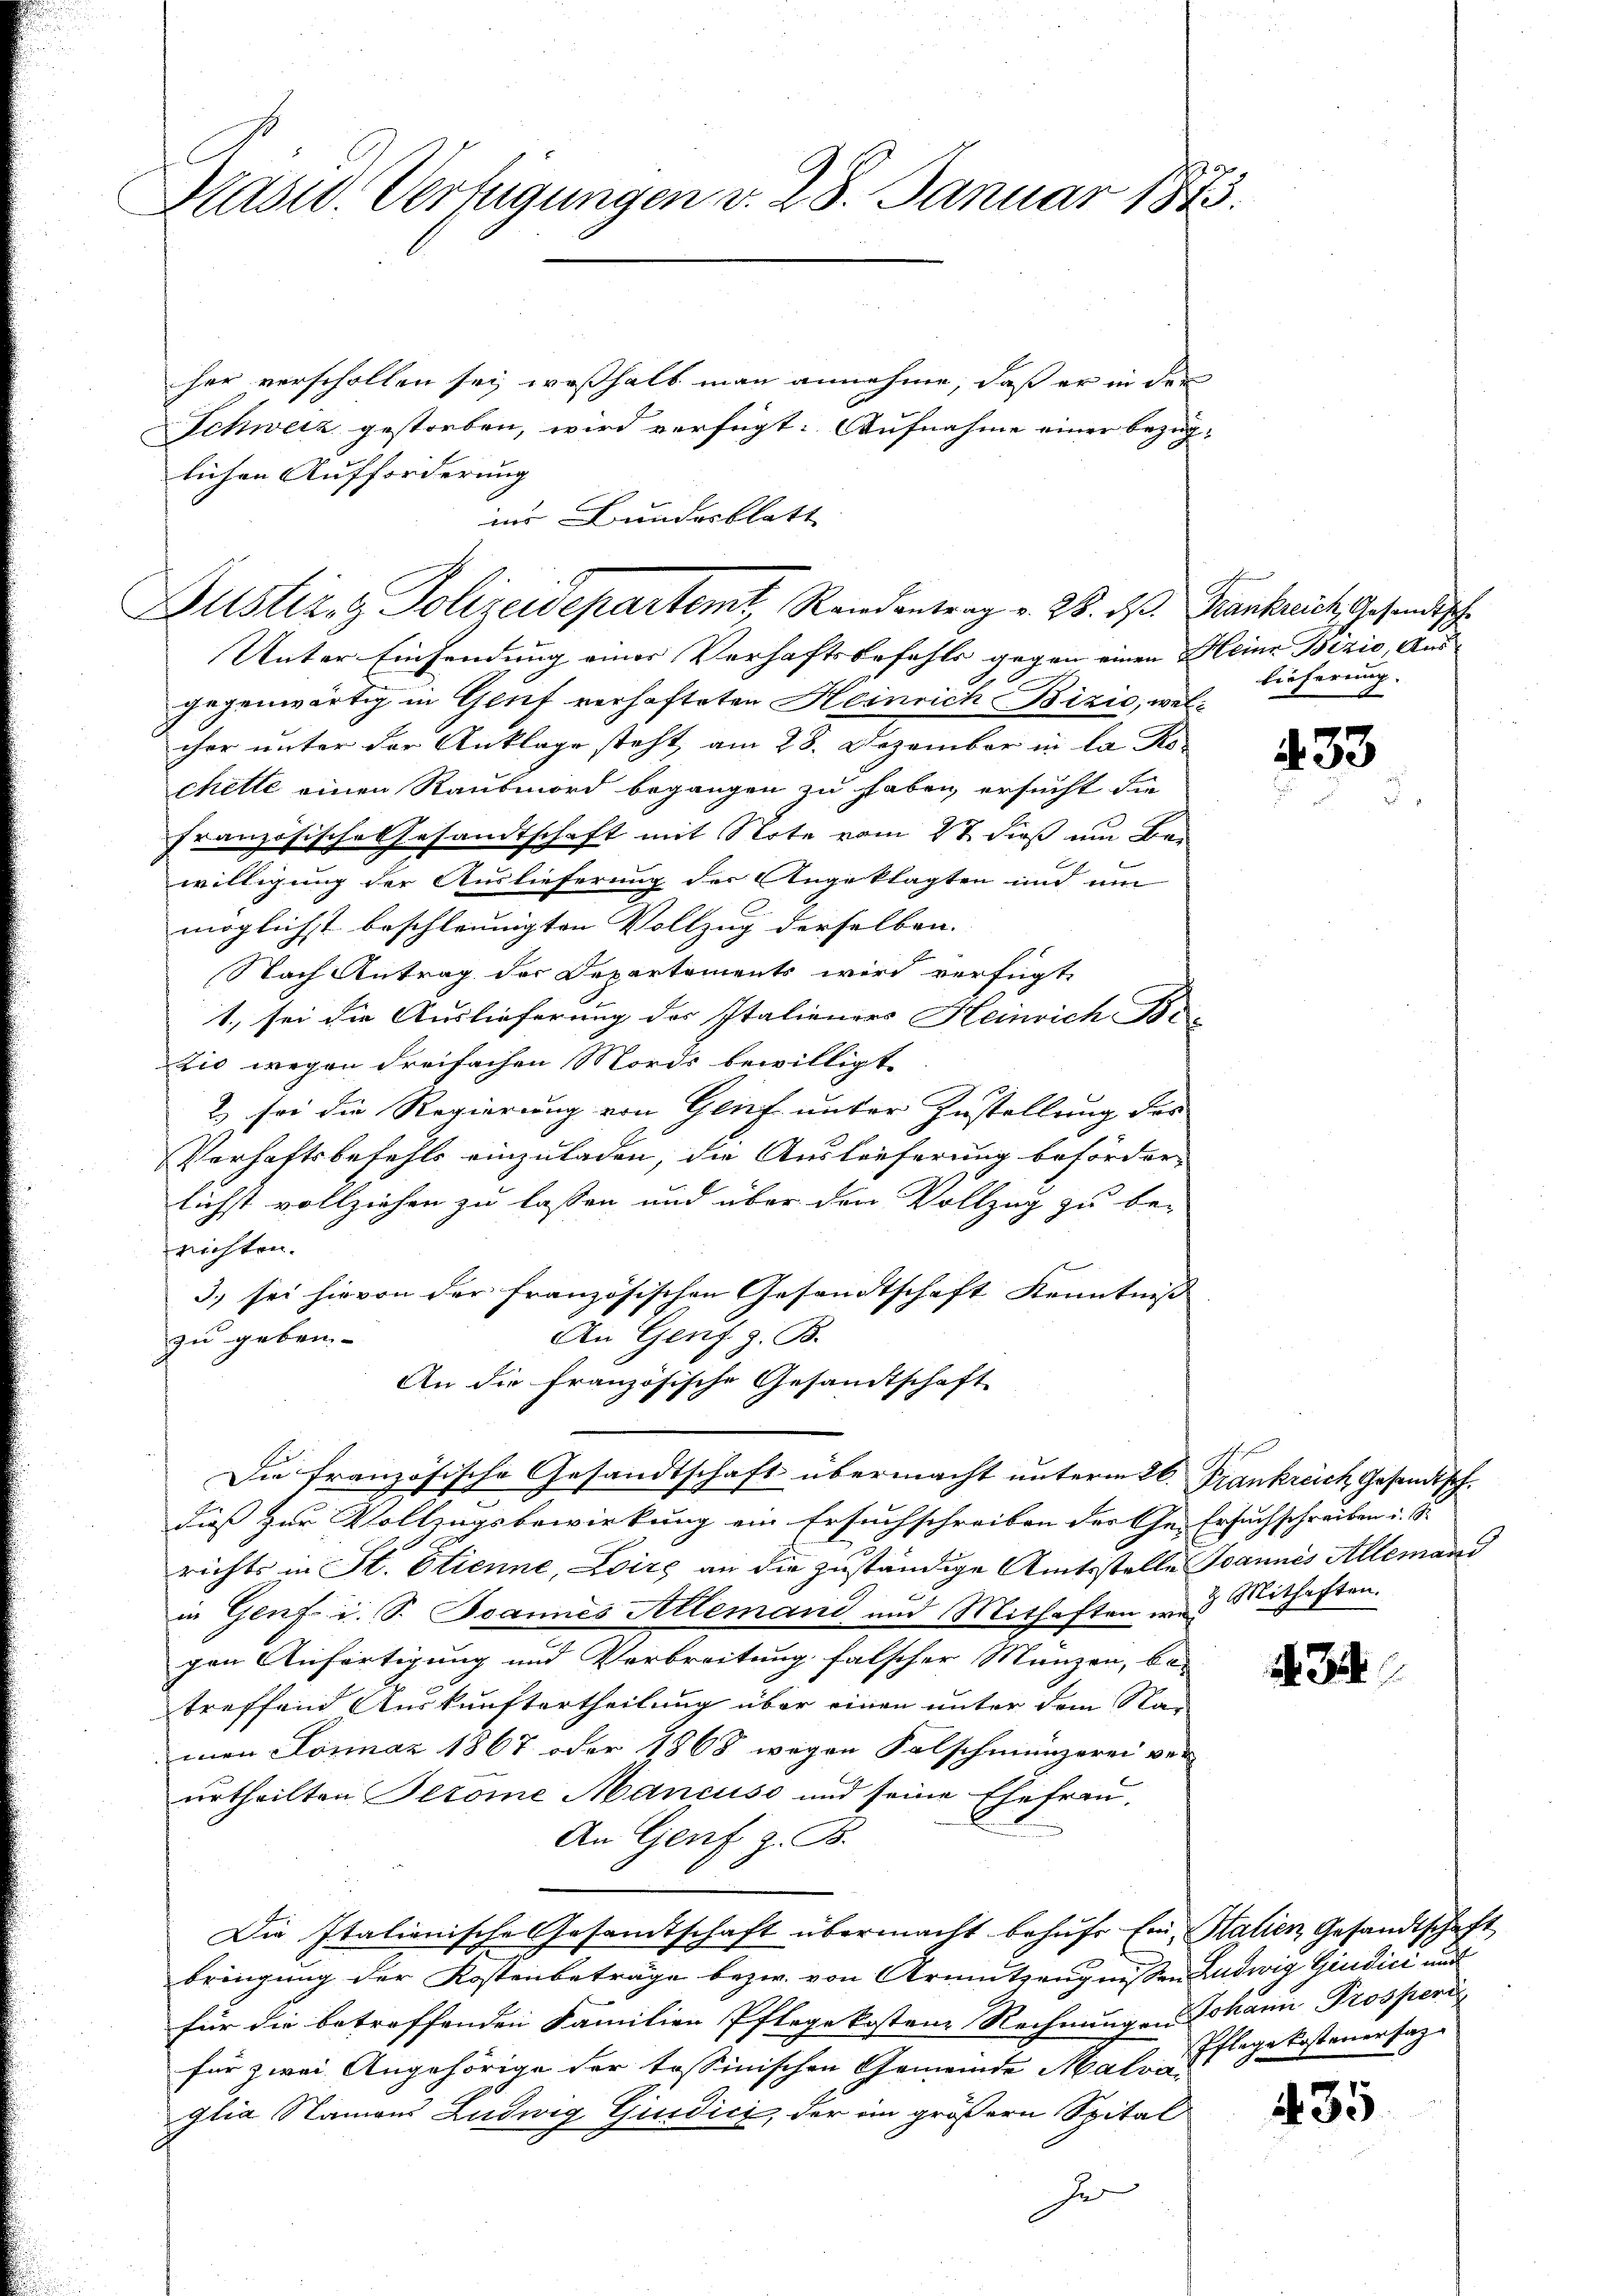
Präsid. Verfügungen v. 28. Januar 1873.

ins Bundesblatt |
Justizrz Polizeidepartemt, Randantrag v. 28. ds Krankreich Gesundische

her verschollen sei, weßhalb man annehme, daß er in der
Schweiz gestorben, wird verfügt: Aufnahme einer bezug
lichen Aufforderung
Unter Einsendung einer Verhaftsbefehls gegen einen Meine Bezić, Aus-
gegenwärtig in Genf verhafteten Heinrich Bizić, welcher unter der Anklage steht, am 28. Dezember in la Ro-
chette einen Raubmord begangen zu haben, ersucht die
französische Gesandtschaft mit Note vom 27. dieß um Bewilligung der Auslieferung der Angeklagten und um
möglichst beschleunigten Vollzug derselben. |
Nach Antrag der Departements wird verfügt,
1., sei die Auslieferung des Italieners Heinrich Be-
zio wegen dreifachen Mords bewilligt.
2) sei die Regierung von Genf unter Zustellung des
Verhaftsbefehls einzuladen, die Auslieferung beförder-
lichst vollziehen zu lassen und über dem Vollzug zu be-
richten.
3) sei hievon der französischen Gesandtschaft Kenntniss |
An Genf z. B.
zu geben
An die französische Gesandtschaft
Die französische Gesandtschaft übermacht unterm 26. Frankreich Gesandtsch.
dieß zur Vollzugsbewirkung ein Ersuchschreiben der Ge- Ersuchschreiben i. S.
richts in St. Etienne, Loire an die zuständige Amtsstelle Joannes Allemand
in Genf u. S. Jeannes Allemand und Mithaften u. 3 Mithaften.
gen Anfertigung und Verbreitung falscher Mänzen, be-
treffend Auskunftertheilung über einen unter dem Stan
men Jonaz 1867 oder 1868 wegen Falschmünzerei ver
urtheilten Perome Mancuso und seine Ehefrau.
An Genf z. B.
Die Italienische Gesamtschaft übermacht behŭfs Ein Stalien Gesandtschaft
bringung der Kostenbeträge bezw. von Armutzeugnissen Ludwig Giudici auf
für die betreffenden Familien Pflege kosten Rechnungen Johann Prosperi
für zwei Angehörige der tessinischen Gemeinde Male Pflege kostenersag
glia Namens Ludwig Giudici, der im größern Spital
fe

lieferung.
8

433

34

35